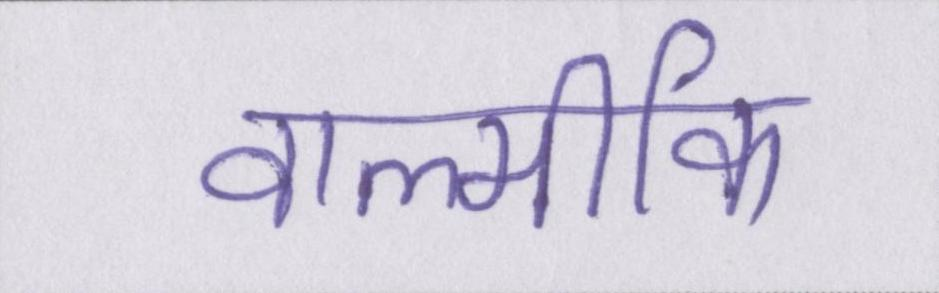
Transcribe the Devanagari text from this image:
वाल्मीकि